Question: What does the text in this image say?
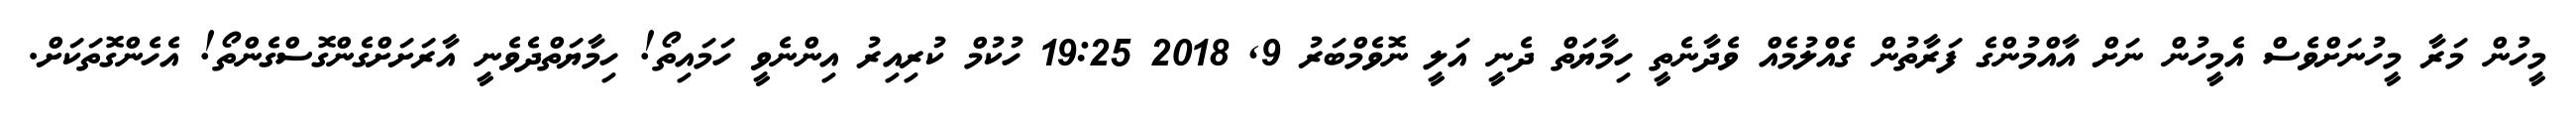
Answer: މީހުން މަރާ މީހުނަށްވެސް އެމީހުން ނަށް އާއްމުންގެ ފަރާތުން ގެއްލުމެއް ވެދާނެތީ ހިމާޔަތް ދެނީ އަލީ ނޮވެމްބަރު 9, 2018 19:25 ހުކުމް ކުރިއިރު އިންނެވީ ހަމައިތޯ! ހިމާޔަތްދެވެނީ އާރަށަށްގެންގޮސްގެންތޯ! އެހެންގޮތަކަށް.